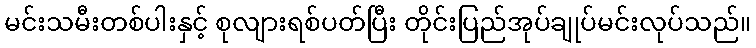
မင်းသမီးတစ်ပါးနှင့် စုလျားရစ်ပတ်ပြီး တိုင်းပြည်အုပ်ချုပ်မင်းလုပ်သည်။